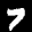
Label: 7